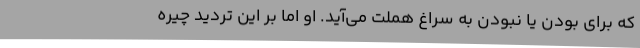
که برای بودن یا نبودن به سراغ هملت می‌آید. او اما بر این تردید چیره